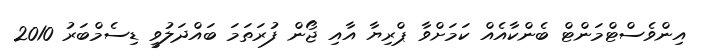
އިންވެސްޓްމަންޓް ބެންކާއެއް ކަމަށްވާ ޕްރިޔާ އާއި ޖޯން ފުރަތަމަ ބައްދަލުވީ ޑިސެމްބަރު 2010